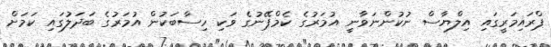
ޕްރައިމަރީގައި އިލްޔާސް ނުކުންނަވާނީ އުމަރުގެ ކެމްޕޭނުގެ ވަކި ހިސާބަކުން އުމަރުގެ ބަދަލުގައި ކަމަށް